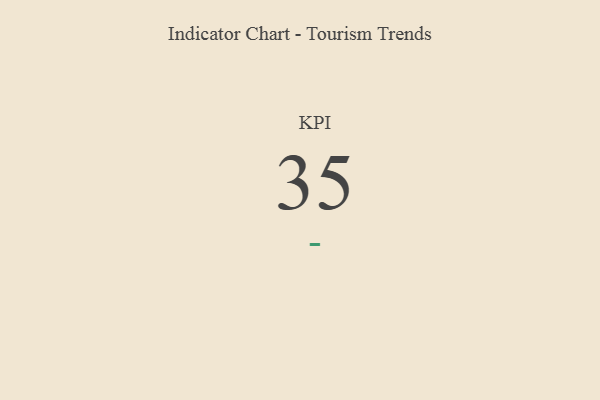
{"axis": {"x": "KPI", "y": "Value"}, "legend": [""], "data": [{"x": "KPI", "y": 35, "type": ""}]}